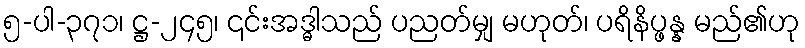
၅-ပါ-၃၇၁၊ ဋ္ဌ-၂၄၅၊ ၎င်းအဒ္ဓါသည် ပညတ်မျှ မဟုတ်၊ ပရိနိပ္ဖန္န မည်၏ဟု